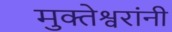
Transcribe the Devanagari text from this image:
मुक्तेश्वरांनी